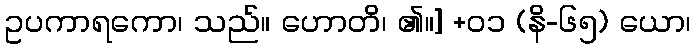
ဥပကာရကော၊ သည်။ ဟောတိ၊ ၏။] +၀၁ (နိ-၆၅) ယော၊